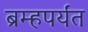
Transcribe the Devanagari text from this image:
ब्रम्हपर्यंत